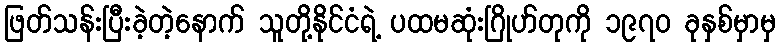
ဖြတ်သန်းပြီးခဲ့တဲ့နောက် သူတို့နိုင်ငံရဲ့ ပထမဆုံးဂြိုဟ်တုကို ၁၉၇၀ ခုနှစ်မှာမှ